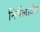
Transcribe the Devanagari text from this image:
निर्मलाबेन